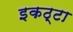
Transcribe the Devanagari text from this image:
इकठ्‌टा